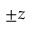
\pm z